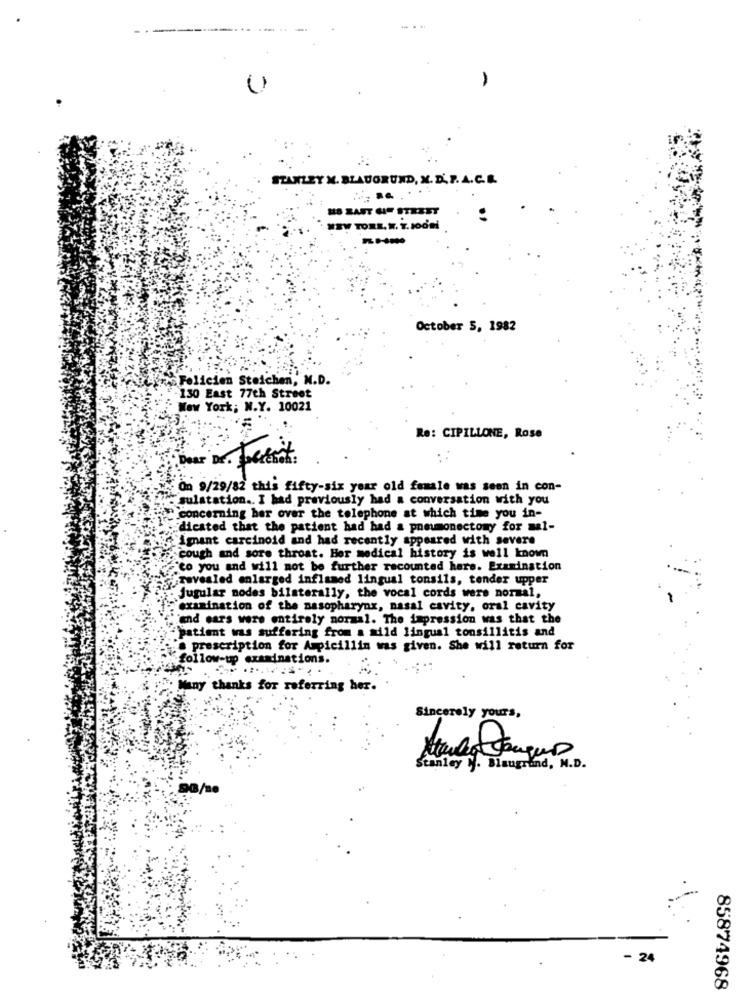
STANLEY X. BLAUGRUND, M. D. P. A.C. R.
HS ZAST HF STEEST
EW TORE. W. T. J00ml
October 5, 1982
Felicien Steichen, M.D.
130 East 77th Street
New York; N.Y. 10021
Re: CIPILLONE, Rose
On 9/29/82 this fifty-six year old female was seen in con-
sulstation .. I had previously had a conversation with you
concerning her over the telephone at which time you in-
dicated that the patient had had a pneumonectomy for mal-
imant carcinoid and had recently appeared with severe
cough and sore throat. Her medical history is well known
"co you and will not be further recounted here. Examination
revealed enlarged inflamed lingual tonsils, tender upper
Jugular nodes bilaterally, the vocal cords were normal,
examination of the nasopharynx, nasal cavity, oral cavity
and cars were entirely normal. The impression was that the
patient was suffering from a mild lingual tonsillitis and
prescription for Ampicillin was given. She will return for
follow-up exandnations.
Many thanks for referring her.
Sincerely yours,
Stanley . Blaugrand, M.D.
B/so
24
85874968